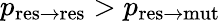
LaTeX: p_{\mathrm{res\to res}}>p_{\mathrm{res\to mut}}